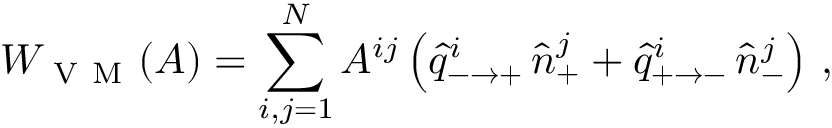
W _ { \mathrm { ~ V ~ M ~ } } ( A ) = \sum _ { i , j = 1 } ^ { N } A ^ { i j } \left( \hat { q } _ { - \to + } ^ { i } \, \hat { n } _ { + } ^ { j } + \hat { q } _ { + \to - } ^ { i } \, \hat { n } _ { - } ^ { j } \right) \, ,